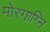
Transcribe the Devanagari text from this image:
मोरगाग्नि